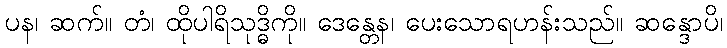
ပန၊ ဆက်။ တံ၊ ထိုပါရိသုဒ္ဓိကို။ ဒေန္တေန၊ ပေးသောရဟန်းသည်။ ဆန္ဒောပိ၊